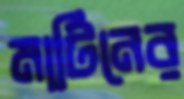
মার্টিনের